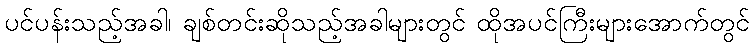
ပင်ပန်းသည့်အခါ၊ ချစ်တင်းဆိုသည့်အခါများတွင် ထိုအပင်ကြီးများအောက်တွင်